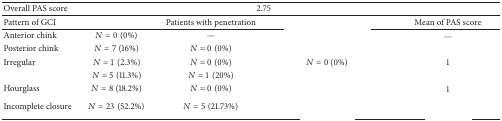
<table><thead><tr><td><b>Overall PAS score</b></td><td colspan="3"><b>2.75</b></td><td>[EMPTY_CELL]</td></tr></thead><tbody><tr><td>Pattern of GCI</td><td>[EMPTY_CELL]</td><td>Patients with penetration </td><td>[EMPTY_CELL]</td><td>Mean of PAS score</td></tr><tr><td>Anterior chink </td><td><i>N</i> = 0 (0%)</td><td>—</td><td>[EMPTY_CELL]</td><td>—</td></tr><tr><td>Posterior chink</td><td><i>N</i> = 7 (16%)</td><td><i>N</i> = 0 (0%)</td><td>[EMPTY_CELL]</td><td>[EMPTY_CELL]</td></tr><tr><td>Irregular</td><td><i>N</i> = 1 (2.3%)</td><td><i>N</i> = 0 (0%)</td><td><i>N</i> = 0 (0%)</td><td>1</td></tr><tr><td>[EMPTY_CELL]</td><td><i>N</i> = 5 (11.3%)</td><td><i>N</i> = 1 (20%)</td><td>[EMPTY_CELL]</td><td>[EMPTY_CELL]</td></tr><tr><td>Hourglass</td><td><i>N</i> = 8 (18.2%)</td><td><i>N</i> = 0 (0%)</td><td>[EMPTY_CELL]</td><td>1</td></tr><tr><td>Incomplete closure</td><td><i>N</i> = 23 (52.2%)</td><td><i>N</i> = 5 (21.73%)</td><td>[EMPTY_CELL]</td><td>[EMPTY_CELL]</td></tr></tbody></table>